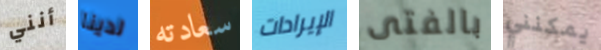
أنني لدينا سعادته الإيرادات بالفتى يمكنني